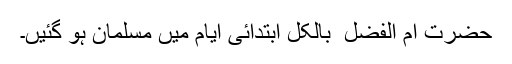
حضرت ام الفضل ؓ بالکل ابتدائی ایام میں مسلمان ہو گئیں۔